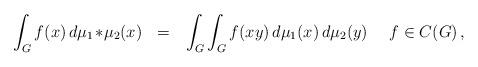
LaTeX: \begin{align*} \int_G f(x)\,d\mu_1\!\ast\!\mu_2(x) \ \ = \ \ \int_G \int_G f(x y)\,d\mu_1(x)\,d\mu_2(y) \ \ \ \ f\in C(G)\,,\end{align*}